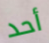
أحد